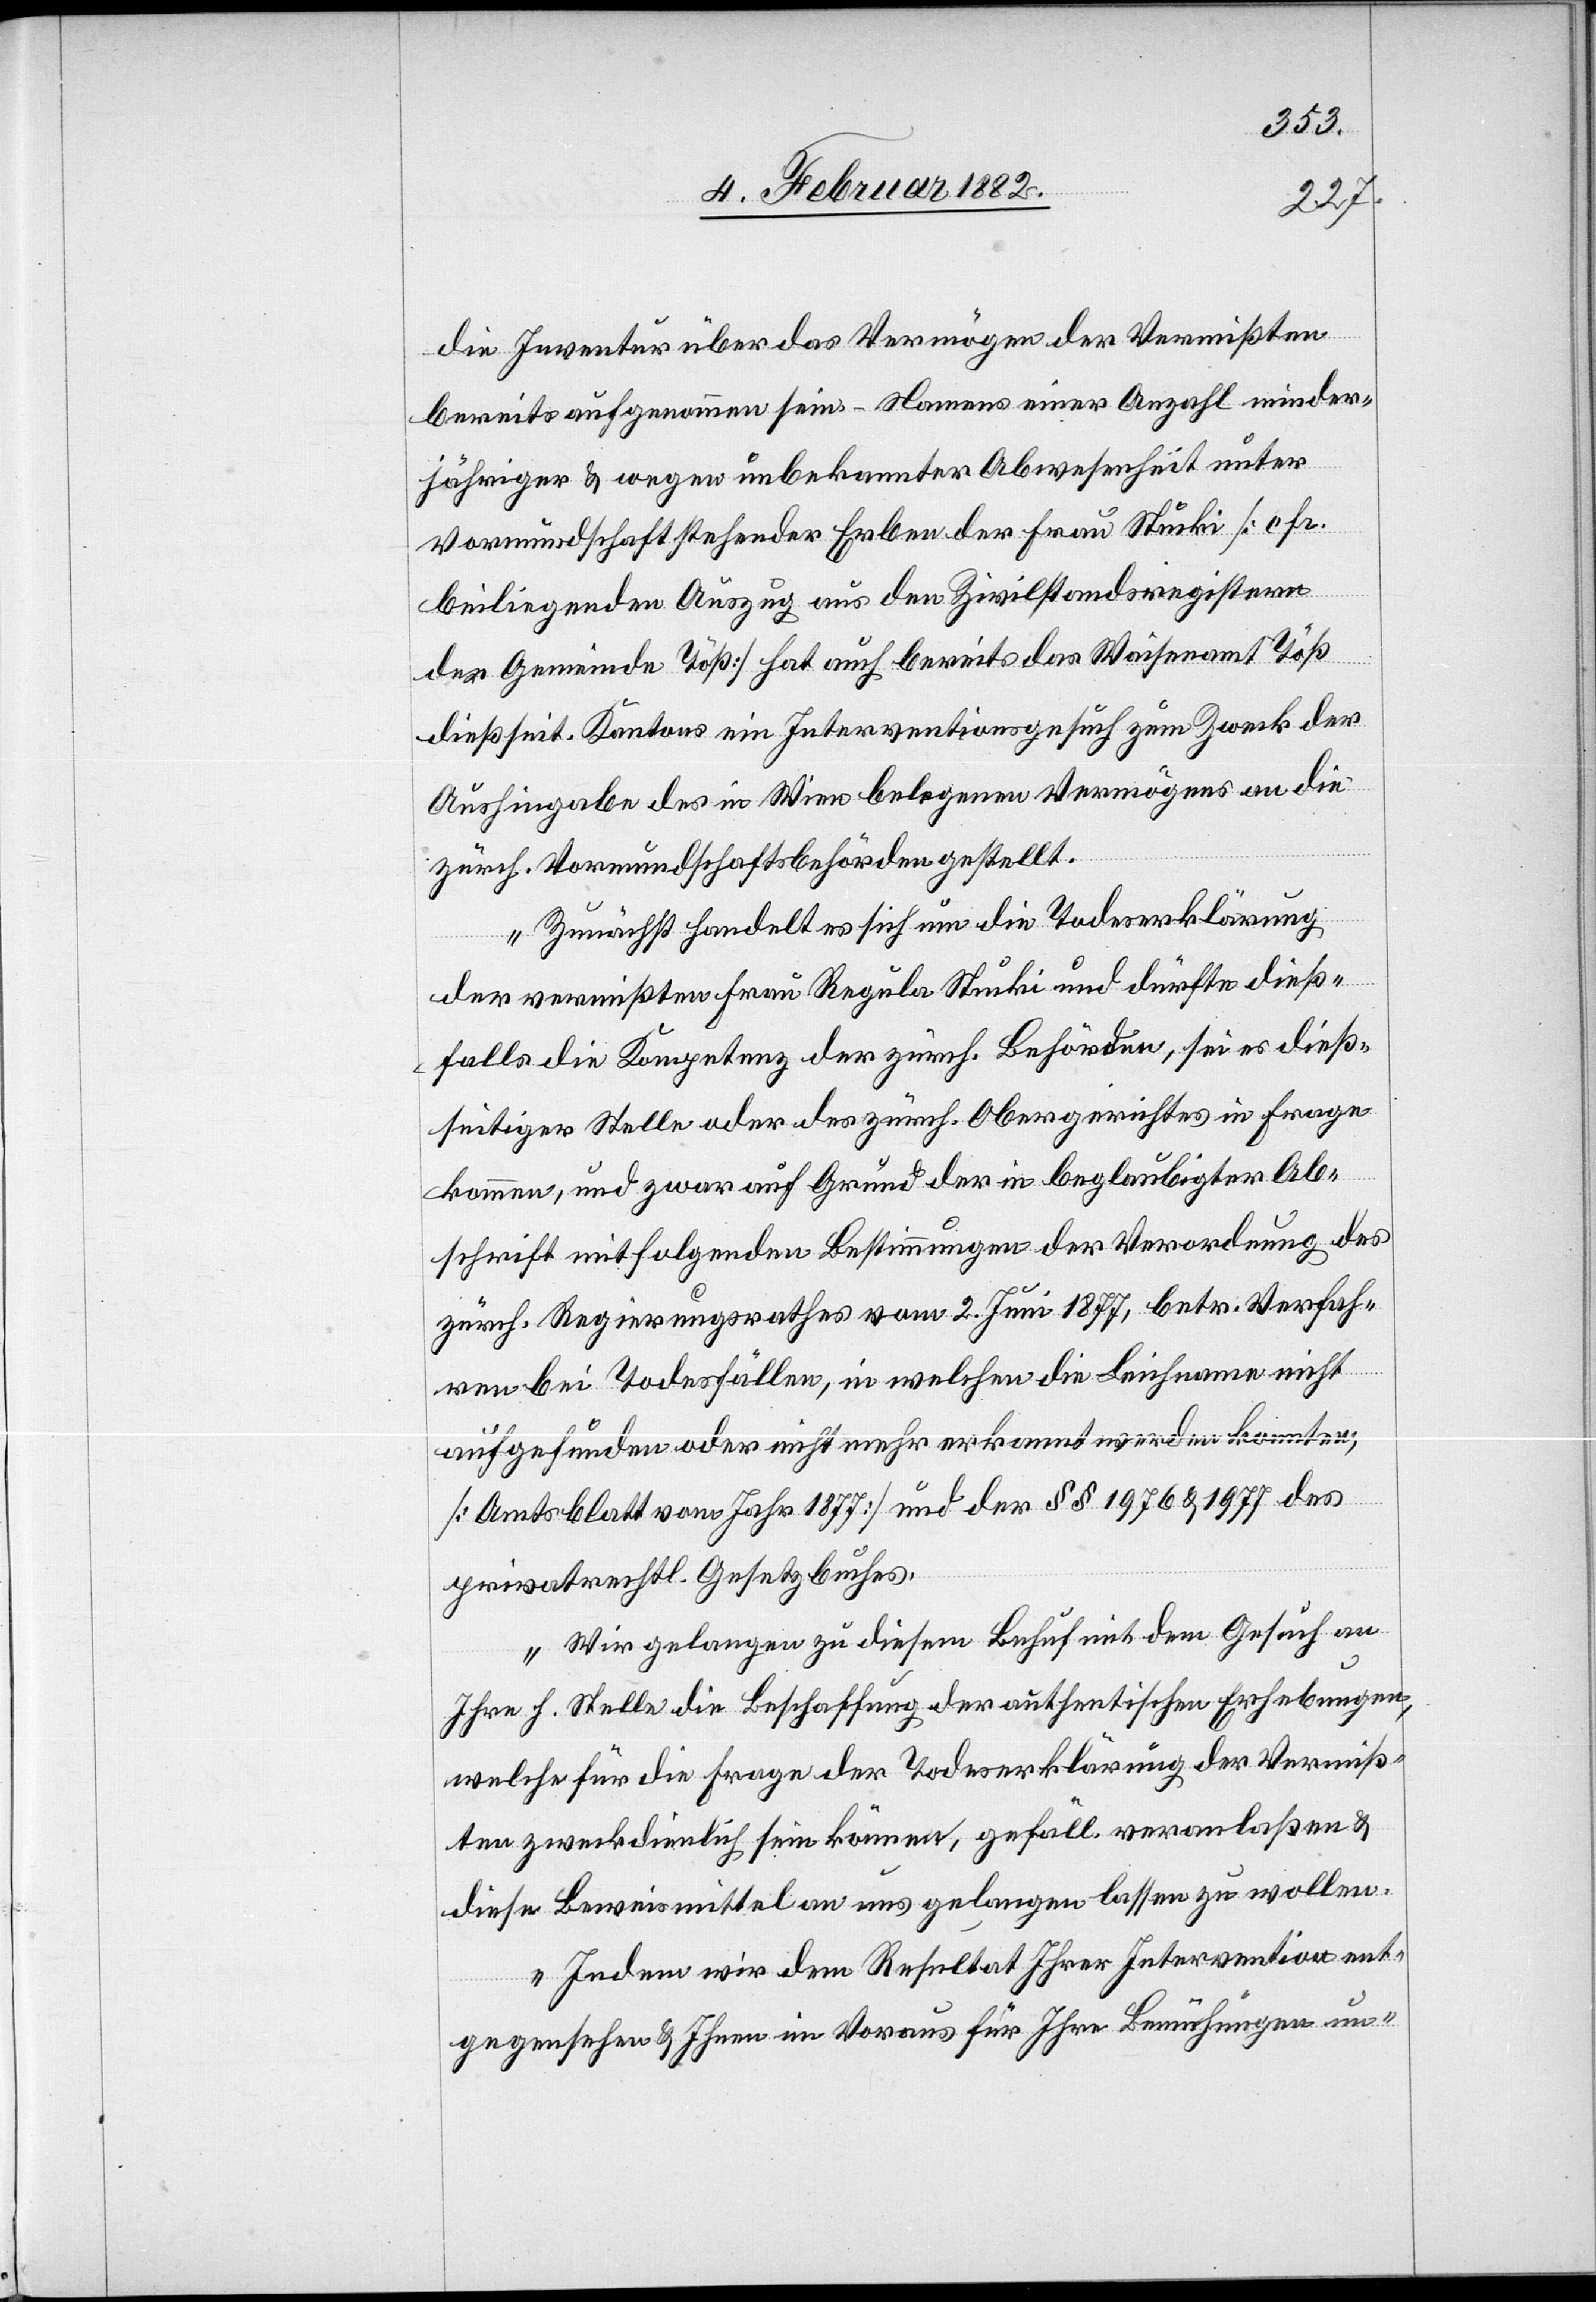
die Inventur über das Vermögen der Vemißten
bereits aufgenommen sei – Namens einer Anzahl minder¬
jähriger & wegen unbekannter Abwesenheit unter
Vormundschaft stehender Erben der Frau Stucki [cfr.
beiliegenden Auszug aus den Zivilstandsregistern
der Gemeinde Töß] hat auch bereit das Waisenamt Töß
dießseit. Kantons ein Interventionsgesuch zum Zweck der
Aushingabe des in Wien gelegenen Vermögens an die
zürch. Vormundschaftsbehörde gestellt.
Zunächst handelt es sich um die Todeserklärung
der vermißten Frau Regula Stucki und dürfte dieß¬
falls die Kompetenz der zürch. Behörde, sei es dieß¬
seitiger Stelle oder der zürch. Obergerichtes in Frage
kommen, und zwar auf Grund der in beglaubigter Ab¬
schrift mitfolgenden Bestimmungen der Verordnung des
zürch. Regierungsrathes vom 2. Juni 1877, betr. Verfah¬
ren bei Todesfällen, in welchen die Leichname nicht
aufgefunden oder nicht mehr erkannt werden konnten,
[Amtsblatt vom Jahr 1877] und der § § 1976 & 1977 des
privatrechtl. Gesetzbuches.
Wir gelangen zu diesem Behuf mit dem Gesuch an
Ihre h. Stelle die Beschaffung der authentischen Erhebungen,
welche für die Frage der Todeserklärung der Vermiß¬
ten zweckdienlich sein können, gefäll. veranlaßen &
diese Beweismittel an uns gelangen lassen zu wollen.
Indem wir dem Resultat Ihrer Intervention ent¬
gegensehen & Ihnen im Voraus für Ihre Bemühungen un-